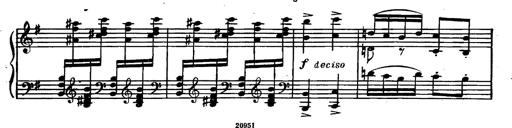
Title: Magyar rapszÃ³diÃ¡k
Composer: Franz Liszt